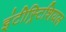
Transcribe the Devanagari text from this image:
इंटीस्र्टिशियल